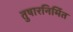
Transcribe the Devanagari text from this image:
तुषारनिर्मित